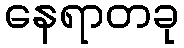
နေရာတခု